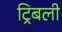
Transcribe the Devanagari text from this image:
ट्रिबली